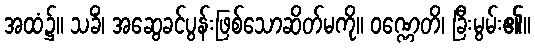
အထံ၌။ သခိံ၊ အဆွေခင်ပွန်းဖြစ်သောဆိတ်မကို။ ဝဏ္ဏေတိ၊ ခြီးမွမ်း၏။